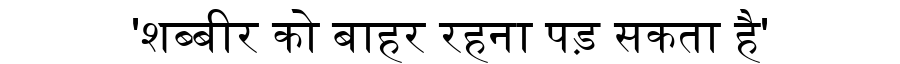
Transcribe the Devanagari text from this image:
'शब्बीर को बाहर रहना पड़ सकता है'